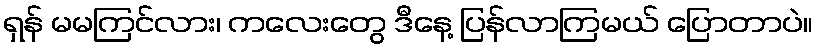
ရှန် မမကြင်လား၊ ကလေးတွေ ဒီနေ့ ပြန်လာကြမယ် ပြောတာပဲ။